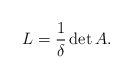
\begin{align*}L=\frac{1}{\delta} \det A.\end{align*}